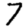
Digit: 7